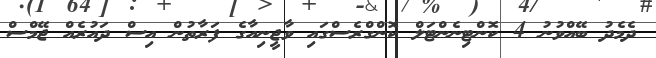
ދެމެދު ބޭއްވުނު 4 ކޮންޓިނެންޓަލް ކޮންގްރެސްގައި ވާޖީނިއާގެ ފަރާތުން އިސް ދައުރެއް ޖޭމްސް